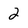
Character: 2